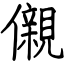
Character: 儭